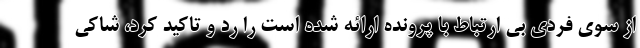
از سوی فردی بی ارتباط با پرونده ارائه شده است را رد و تاکید کرد، شاکی